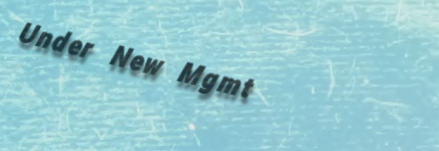
Under New Mgmt